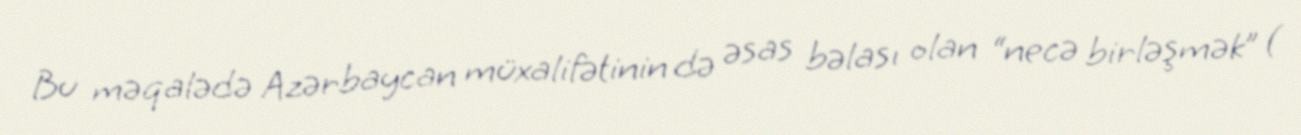
Bu məqalədə Azərbaycan müxalifətinin də əsas bəlası olan “necə birləşmək” (